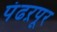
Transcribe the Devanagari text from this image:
पंढऱपूर